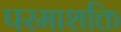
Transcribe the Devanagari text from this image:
परमाशक्ति